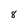
Character: 8